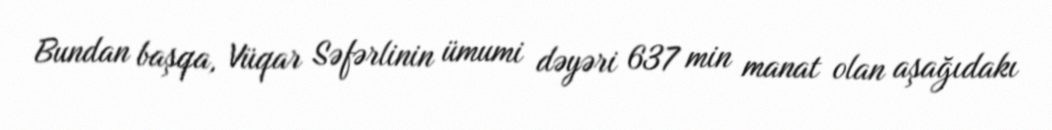
Bundan başqa, Vüqar Səfərlinin ümumi dəyəri 637 min manat olan aşağıdakı